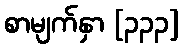
စာမျက်နှာ [၃၃၃]